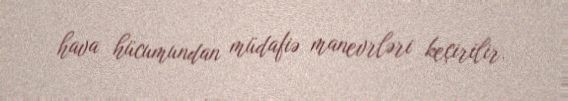
hava hücumundan müdafiə manevrləri keçirilir.